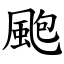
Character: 颮